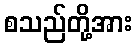
စသည်တို့အား